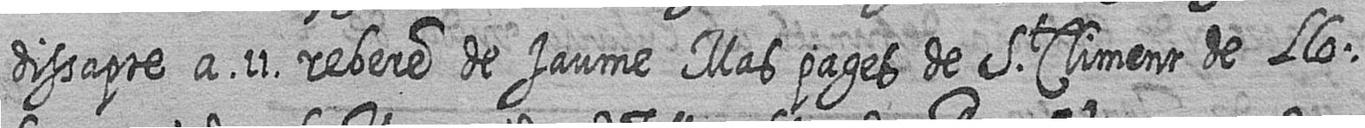
dissapte a 11 rebere de Jaume Mas pages de St Climent de Llo=